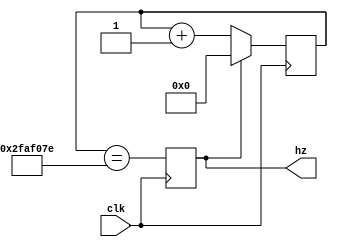
`timescale 1ns / 1ps
//////////////////////////////////////////////////////////////////////////////////
// Company: 
// Engineer: 
// 
// Design Name: 
// Module Name: top
// Project Name: 
// Target Devices: 
// Tool Versions: 
// Description: 
// 
// Dependencies: 
// 
// Revision:
// Revision 0.01 - File Created
// Additional Comments:
// 
//////////////////////////////////////////////////////////////////////////////////


module top #(parameter value = 50000000)(clk, hz);
  input             clk;            // synthesis attribute PERIOD clk "50 MHz"
  reg        [25:0] count = 0;
  output reg        hz = 0; 

  always @ (posedge clk) begin
    hz <= (count == value - 2);
    count <= hz ? 0 : count + 1;
  end
endmodule